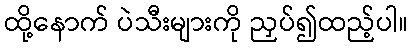
ထို့နောက် ပဲသီးများကို ညှပ်၍ထည့်ပါ။